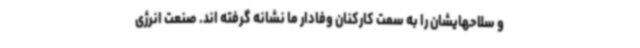
و سلاحهایشان را به سمت کارکنان وفادار ما نشانه گرفته اند. صنعت انرژی